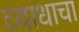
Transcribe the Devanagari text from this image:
व्याधाचा